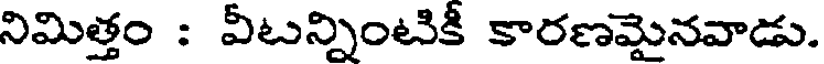
నిమిత్తం : వీటన్నింటికీ కారణమైనవాడు.